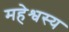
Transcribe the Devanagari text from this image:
महेश्वस्य